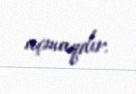
açmaqdır.